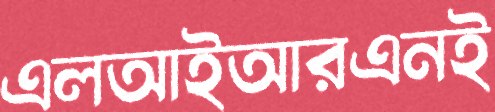
এলআইআরএনই